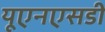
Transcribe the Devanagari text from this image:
यूएनएसडी